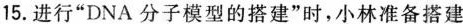
15.进行”DNA分子模型的搭建”时，小林准备搭建